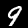
Label: 9